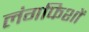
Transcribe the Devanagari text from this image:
लंगफिशों